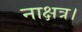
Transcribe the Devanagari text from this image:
नाक्षत्र।